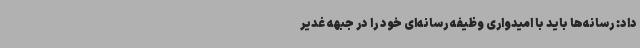
داد: رسانه‌ها باید با امیدواری وظیفه رسانه‌ای خود را در جبهه غدیر